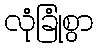
လုံခြုံစွာ